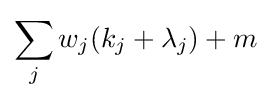
\sum _{j}w_{j}(k_{j}+\lambda _{j})+m